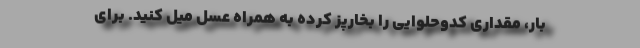
بار، مقداری کدوحلوایی را بخارپز کرده به همراه عسل میل کنید. برای